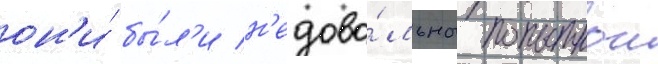
он'и́ бы́л'и н'едово́льны попыткои